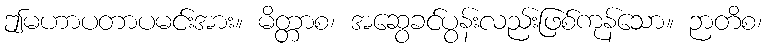
ဤမဟာပတာပမင်းအား။ မိတ္တာစ၊ အဆွေခင်ပွန်းလည်းဖြစ်ကုန်သော။ ဉာတိစ၊